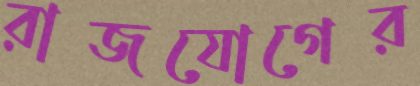
রাজযোগের